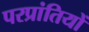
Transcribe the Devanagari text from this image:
परप्रांतियों